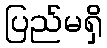
ပြည်မရှိ